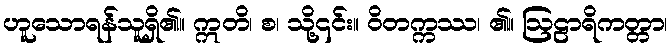
ဟူသောရန်သူရှိ၏။ ဣတိ၊ စ၊ သို့၎င်း။ ဝိတက္ကဿ၊ ၏။ ဩဠာရိကတ္တာ၊